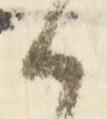
候